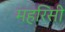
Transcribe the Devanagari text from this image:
महरिसी